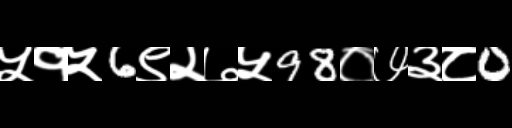
Text: ५१५6९२७५98०७३८0